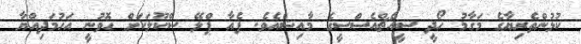
ކުޅުންތެރިޔާގެ މަގާމު ހޯދީ ސީއެޗްއެސްސީގެ މާއިޝްއެވެ. ފެއާ ޕްލޭ ސްކޫލަކަށް ހޮވުނީ އަހުމަދިއްޔާ